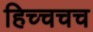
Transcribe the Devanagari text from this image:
हिच्चचच